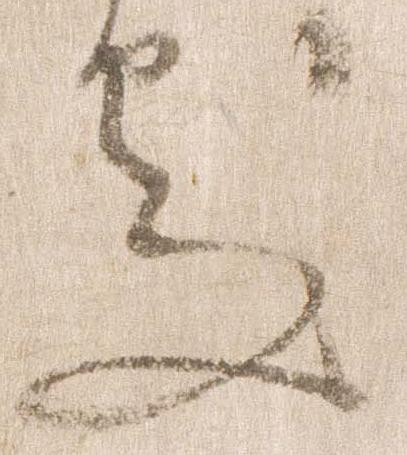
処